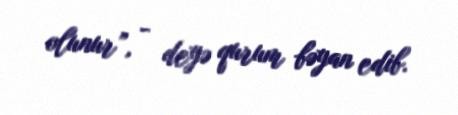
olunur”, - deyə qurum bəyan edib.